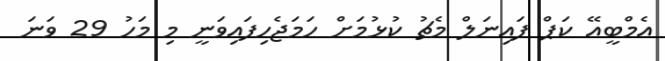
އެމްބީއޭ ކަޕް ފައިނަލް މެޗު ކުޅުމަށް ހަމަޖެހިފައިވަނީ މި މަހު 29 ވަނަ